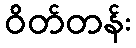
ဝိတ်တန်း